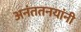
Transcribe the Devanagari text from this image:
अनंततनयांनी